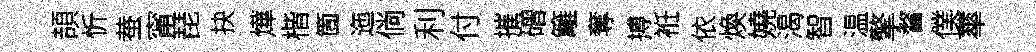
頡忻蛬甯琵抉燁楷箇迤倘利付摧磳籬奪搏袵依煥嬈渴智温擎瞀僕蕐